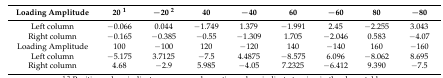
| Loading Amplitude | 20 1 | −20 2 | 40 | −40 | 60 | −60 | 80 | −80 |
 | --- | --- | --- | --- | --- | --- | --- | --- | --- |
 | Left column | −0.066 | 0.044 | −1.749 | 1.379 | −1.991 | 2.45 | −2.255 | 3.043 |
 | Right column | −0.165 | −0.385 | −0.55 | −1.309 | 1.705 | −2.046 | 0.583 | −4.07 |
 | Loading Amplitude | 100 | −100 | 120 | −120 | 140 | −140 | 160 | −160 |
 | Left column | −5.175 | 3.7125 | −7.5 | 4.4875 | −8.575 | 6.096 | −8.062 | 8.695 |
 | Right column | 4.68 | −2.9 | 5.985 | −4.05 | 7.2325 | −6.412 | 9.390 | −7.5 |